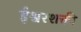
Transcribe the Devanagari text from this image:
ईश्वरशक्ती